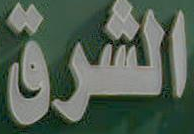
الشرق